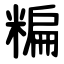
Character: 糄